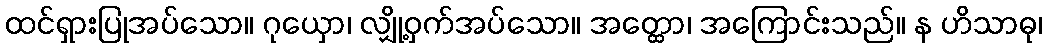
ထင်ရှားပြုအပ်သော။ ဂုယှော၊ လျှို့ဝှက်အပ်သော။ အတ္ထော၊ အကြောင်းသည်။ န ဟိသာဓု၊